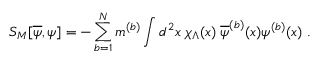
S _ { M } [ \overline { { { \psi } } } , \psi ] = - \sum _ { b = 1 } ^ { N } m ^ { ( b ) } \int d ^ { 2 } x \; \chi _ { \Lambda } ( x ) \; \overline { { { \psi } } } ^ { ( b ) } ( x ) \psi ^ { ( b ) } ( x ) \; .